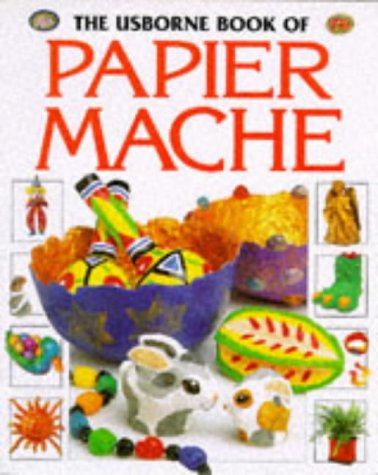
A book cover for The Usborne Book of Papier Mache (How to Make); Ray Gibson; Children's Books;